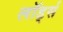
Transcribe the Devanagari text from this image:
लॉर्ड्‍स